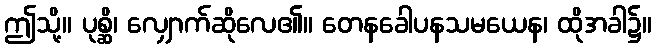
ဤသို့။ ပုစ္ဆိ၊ လျှောက်ဆိုလေ၏။ တေနခေါပနသမယေန၊ ထိုအခါ၌။